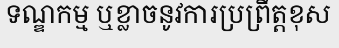
ទណ្ឌកម្ម ឬខ្លាចនូវការប្រព្រឹត្តខុស